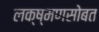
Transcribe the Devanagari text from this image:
लक्ष्मणसोबत